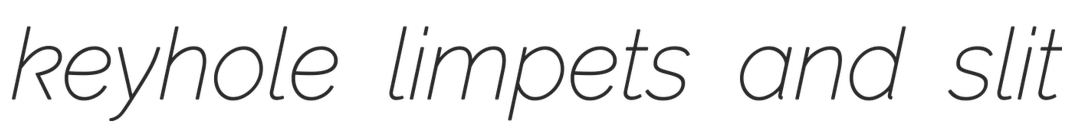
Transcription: keyhole limpets and slit